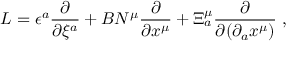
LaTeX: L = \epsilon ^ { a } \frac { \partial } { \partial \xi ^ { a } } + B N ^ { \mu } \frac { \partial } { \partial x ^ { \mu } } + \Xi _ { a } ^ { \mu } \frac { \partial } { \partial ( \partial _ { a } x ^ { \mu } ) } \; ,